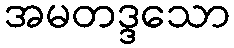
အမတဒ္ဒသော